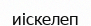
иіскелеп